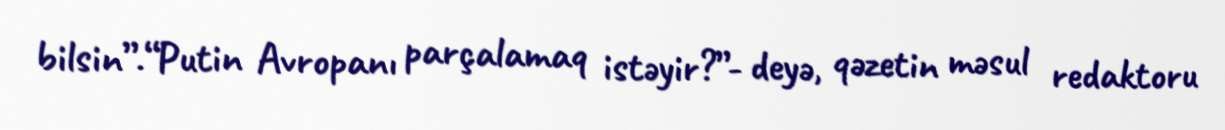
bilsin”.“Putin Avropanı parçalamaq istəyir?”- deyə, qəzetin məsul redaktoru